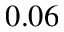
0 . 0 6